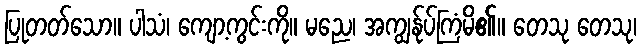
ပြုတတ်သော။ ပါသံ၊ ကျော့ကွင်းကို။ မညေ၊ အကျွန်ုပ်ကြံမိ၏။ တေသု တေသု၊